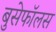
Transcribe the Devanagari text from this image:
बुसेफॉलस